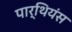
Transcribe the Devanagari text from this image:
पार्थियंस